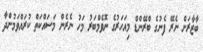
ބާޒާރަށް ނެރޭ ފެނުގެ ބްރޭންޑް މިއަހަރުގެ ނޮވެމްބަރު މަހު ނެރެން މަސައްކަތް ކުރައްވަމުންދާ